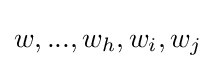
w,...,w_{h},w_{i},w_{j}